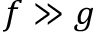
f \gg g